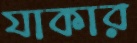
যাকার